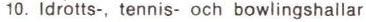
10. Idrotts-, tennis- och bowlingshallar